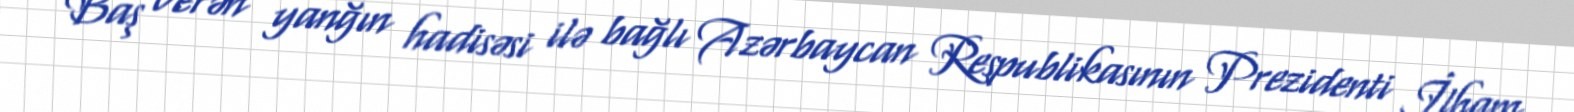
Baş verən yanğın hadisəsi ilə bağlı Azərbaycan Respublikasının Prezidenti İlham